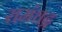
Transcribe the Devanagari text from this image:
रामंचद्र